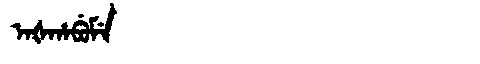
Manchu: ᠠᡧᡥᠠᠪᡠᠮᡝ
Romanization: AŠHABUME